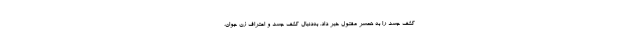
کشف جسد را به همسر مقتول خبر داد. به‌دنبال کشف جسد و اعتراف زن جوان،